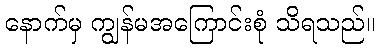
နောက်မှ ကျွန်မအကြောင်းစုံ သိရသည်။